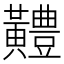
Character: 𪏨